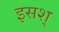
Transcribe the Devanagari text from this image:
इसश्